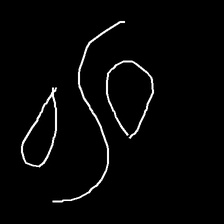
Glyph: water